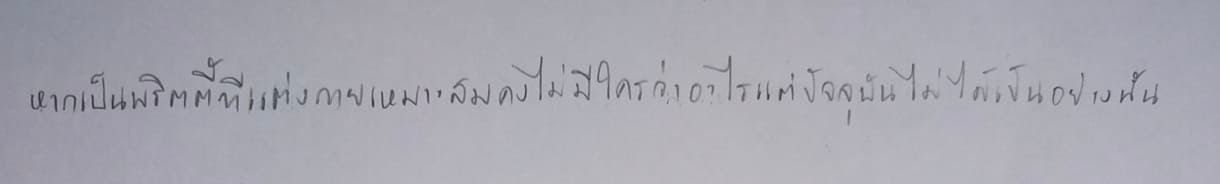
หากเป็นพริตตี้ที่แต่งกายเหมาะสมคงไม่มีใครว่าอะไรแต่ปัจจุบันไม่ได้เป็นอย่างนั้น